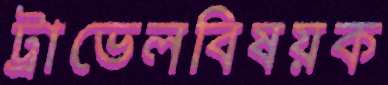
ট্রাভেলবিষয়ক